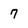
Character: 7